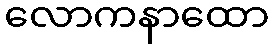
လောကနာထော